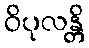
ဝိပုလန္တိ